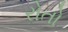
રોતો